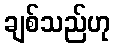
ချစ်သည်ဟု